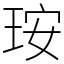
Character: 𤥃